Civil Veterinary Dept. Bombay admin report 1914-1922 - 1914-1922
Year: 1914
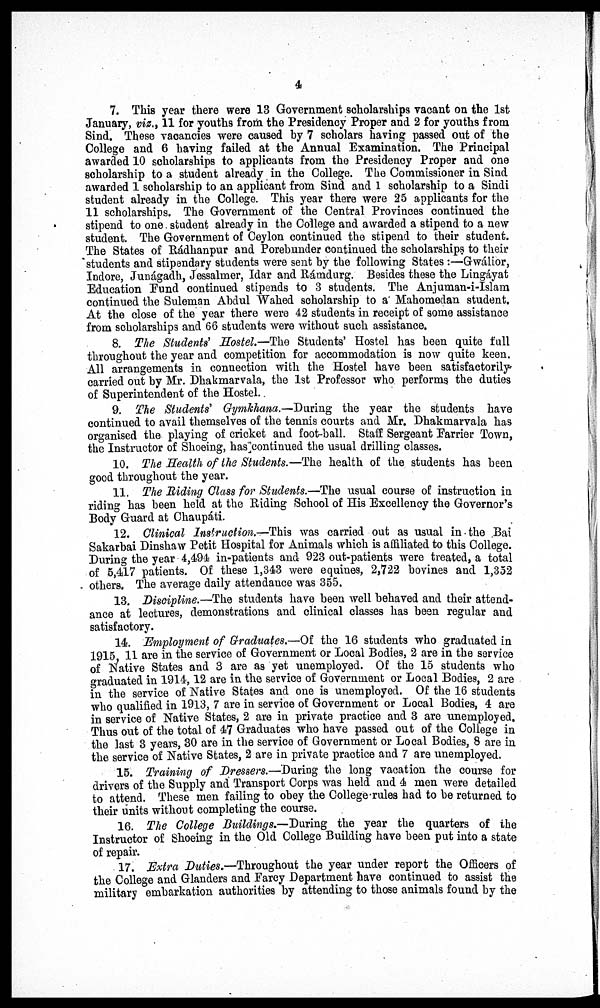
4
7. This year there were 13 Government scholarships vacant on the 1st
January, viz., 11 for youths from the Presidency Proper and 2 for youths from
Sind. These vacancies were caused by 7 scholars having passed out of the
College and 6 having failed at the Annual Examination. The Principal
awarded 10 scholarships to applicants from the Presidency Proper and one
scholarship to a student already in the College. The Commissioner in Sind
awarded 1 scholarship to an applicant from Sind and 1 scholarship to a Sindi
student already in the College. This year there were 25 applicants for the
11 scholarships. The Government of the Central Provinces continued the
stipend to one student already in the College and awarded a stipend to a new
student. The Government of Ceylon continued the stipend to their student.
The States of Rádhanpur and Porebunder continued the scholarships to their
students and stipendary students were sent by the following States :—Gwálior,
Indore, Junágadh, Jessalmer, Idar and Rámdurg. Besides these the Lingáyat
Education Fund continued stipends to 3 students. The Anjuman-i-Islam
continued the Suleman Abdul Wahed scholarship to a Mahomedan student.
At the close of the year there were 42 students in receipt of some assistance
from scholarships and 66 students were without such assistance.
8. The Students' Hostel.—The Students' Hostel has been quite full
throughout the year and competition for accommodation is now quite keen.
All arrangements in connection with the Hostel have been satisfactorily
carried out by Mr. Dhakmarvala, the 1st Professor who performs the duties
of Superintendent of the Hostel.
9. The Students' Gymkhana.—During the year the students have
continued to avail themselves of the tennis courts and Mr. Dhakmarvala has
organised the playing of cricket and foot-ball. Staff Sergeant Farrier Town,
the Instructor of Shoeing, has continued the usual drilling classes.
10. The Health of the Students.—The health of the students has been
good throughout the year.
11. The Riding Class for Students.—The usual course of instruction in
riding has been held at the Riding School of His Excellency the Governor's
Body Guard at Chaupáti.
12. Clinical Instruction.—This was carried out as usual in the Bai
Sakarbai Dinshaw Petit Hospital for Animals which is affiliated to this College.
During the year 4,494 in-patients and 923 out-patients were treated, a total
of 5,417 patients. Of these 1,343 were equines, 2,722 bovines and 1,352
others. The average daily attendance was 355.
13. Discipline.—The students have been well behaved and their attend-
ance at lectures, demonstrations and clinical classes has been regular and
satisfactory.
14. Employment of Graduates.—Of the 16 students who graduated in
1915, 11 are in the service of Government or Local Bodies, 2 are in the service
of Native States and 3 are as yet unemployed. Of the 15 students who
graduated in 1914,12 are in the service of Government or Local Bodies, 2 are
in the service of Native States and one is unemployed. Of the 16 students
who qualified in 1913, 7 are in service of Government or Local Bodies, 4 are
in service of Native States, 2 are in private practice and 3 are unemployed.
Thus out of the total of 47 Graduates who have passed out of the College in
the last 3 years, 30 are in the service of Government or Local Bodies, 8 are in
the service of Native States, 2 are in private practice and 7 are unemployed.
15. Training of Dressers.—During the long vacation the course for
drivers of the Supply and Transport Corps was held and 4 men were detailed
to attend. These men failing to obey the College rules had to be returned to
their units without completing the course.
16. The College Buildings.—During the year the quarters of the
Instructor of Shoeing in the Old College Building have been put into a state
of repair.
17. Extra Duties.—Throughout the year under report the Officers of
the College and Glanders and Farcy Department have continued to assist the
military embarkation authorities by attending to those animals found by the